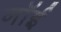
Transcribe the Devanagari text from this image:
नॉई